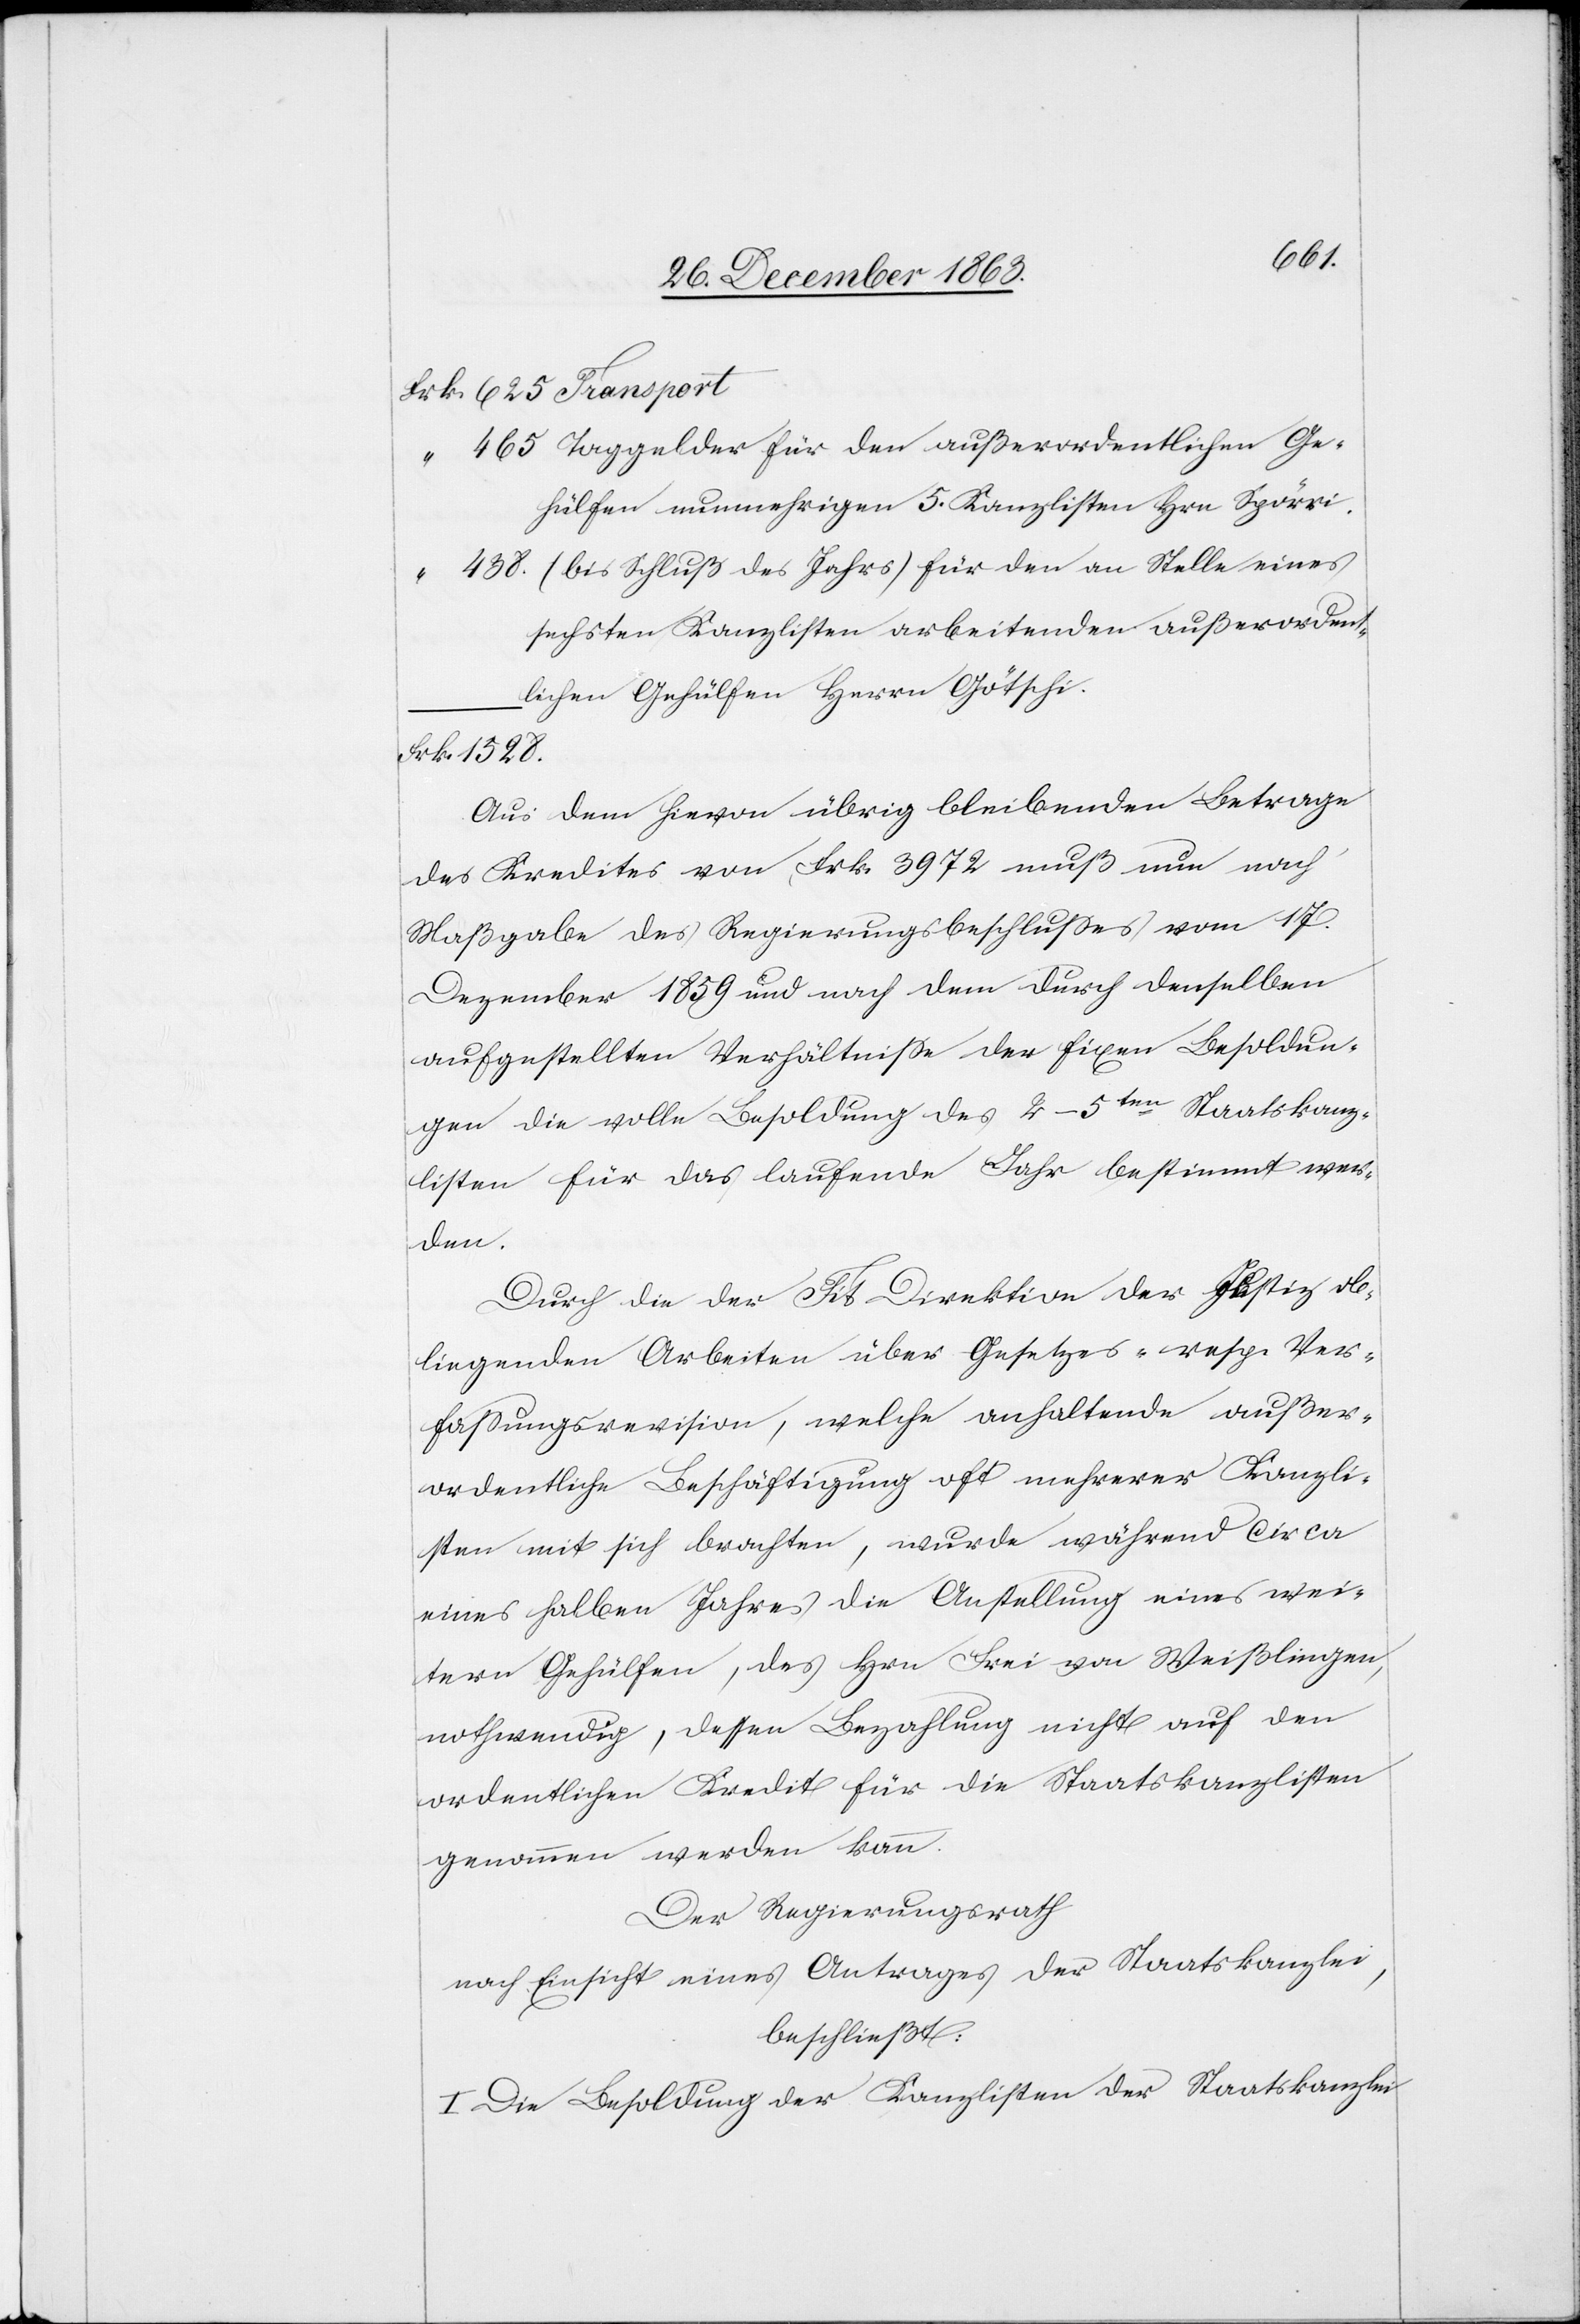
1528.
hülfen nunmehrigen 5. Kanzlisten Hrn Spörri.
(bis Schluß des Jahrs) für den an Stelle eines
sechsten Kanzlisten arbeitenden außerordent¬
lichen Gehülfen Herrn Götschi.
Aus dem hievon übrig bleibenden Betrage
des Kredites von Frk. 3972 muß nun nach
Maßgabe des Regierungsbeschlusses vom 17.
Dezember 1859 und nach dem durch denselben
aufgestellten Verhältnisse der fixen Besoldun¬
gen die volle Besoldung des 4–5ten Staatskanz¬
listen für das laufende Jahr bestimmt wer¬
den.
Durch die der Tit Direktion der Justiz ob¬
liegenden Arbeiten über Gesetzes- resp. Ver¬
fassungsrevision, welche anhaltende außer¬
ordentliche Beschäftigung oft mehrerer Kanzli¬
sten mit sich brachten, wurde während circa
eines halben Jahres die Anstellung eines wei¬
tern Gehülfen, des Hrn Frei von Weißlingen,
nothwendig, dessen Bezahlung nicht auf den
ordentlichen Kredit für die Staatskanzlisten
genommen werden kann.
Der Regierungsrath
nach Einsicht eines Antrages der Staatskanzlei,
beschließt:
I. Die Besoldung der Kanzlisten der Staatskanzlei